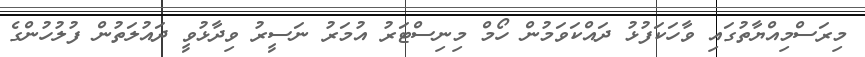
މިރަސްމިއްޔާތުގައި ވާހަކަފުޅު ދައްކަވަމުން ހޯމް މިނިސްޓަރު އުމަރު ނަސީރު ވިދާޅުވީ ދައުލަތުން ފުލުހުންގެ